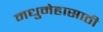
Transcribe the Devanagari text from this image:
मधुमेहासाठी